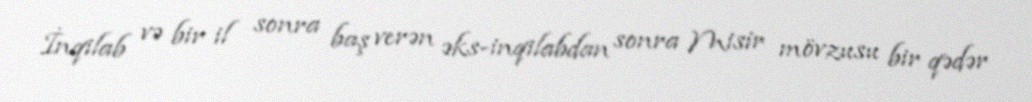
İnqilab və bir il sonra baş verən əks-inqilabdan sonra Misir mövzusu bir qədər